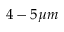
4 - 5 \mu m